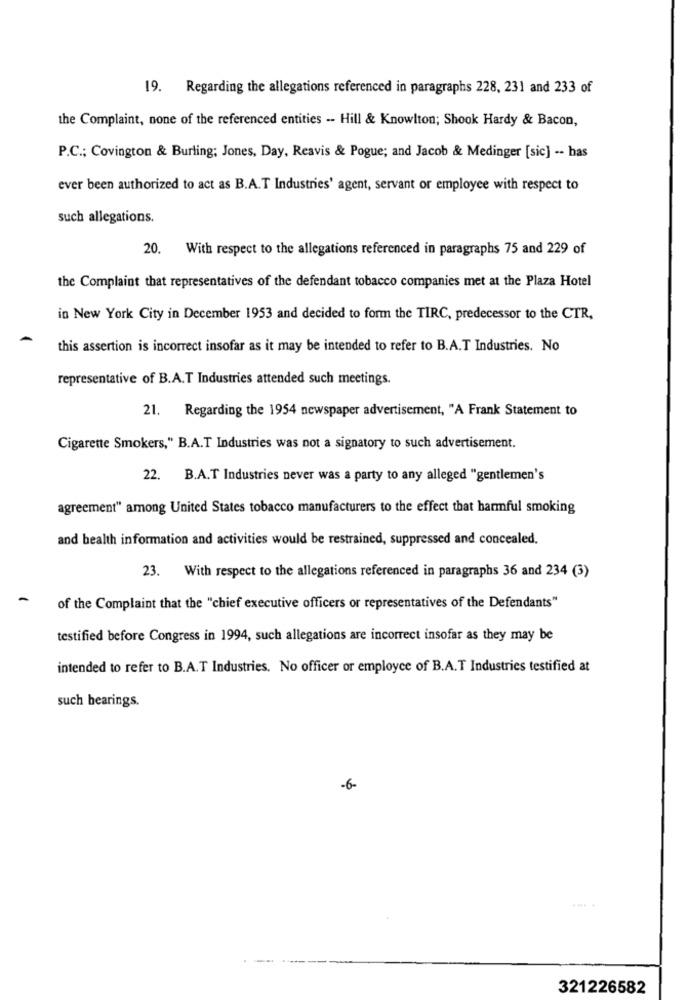
19. Regarding the allegations referenced in paragraphs 228, 231 and 233 of
the Complaint, none of the referenced entities -- Hill & Knowlton; Shook Hardy & Bacon,
P.C .; Covington & Burling; Jones, Day, Reavis & Pogue; and Jacob & Medinger [sic] -- has
ever been authorized to act as B.A.T Industries' agent, servant or employee with respect to
such allegations.
20. With respect to the allegations referenced in paragraphs 75 and 229 of
the Complaint that representatives of the defendant tobacco companies met at the Plaza Hotel
in New York City in December 1953 and decided to form the TIRC, predecessor to the CTR,
this assertion is incorrect insofar as it may be intended to refer to B.A.T Industries. No
representative of B.A.T Industries attended such meetings.
21.
Regarding the 1954 newspaper advertisement, "A Frank Statement to
Cigarette Smokers," B.A.T Industries was not a signatory to such advertisement.
22. B.A.T Industries never was a party to any alleged "gentlemen's
agreement" among United States tobacco manufacturers to the effect that harmful smoking
and health information and activities would be restrained, suppressed and concealed.
23. With respect to the allegations referenced in paragraphs 36 and 234 (3)
of the Complaint that the "chief executive officers or representatives of the Defendants"
testified before Congress in 1994, such allegations are incorrect insofar as they may be
intended to refer to B.A.T Industries. No officer or employee of B.A.T Industries testified at
such bearings.
-6-
321226582